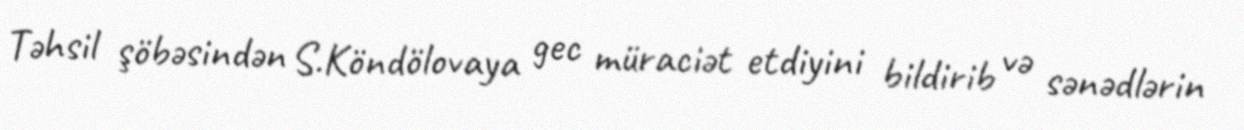
Təhsil şöbəsindən S.Köndölovaya gec müraciət etdiyini bildirib və sənədlərin